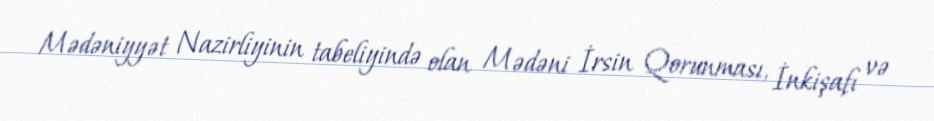
Mədəniyyət Nazirliyinin tabeliyində olan Mədəni İrsin Qorunması, İnkişafı və